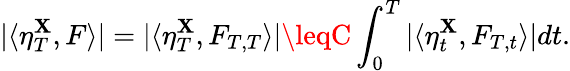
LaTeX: |\langle\eta_{T}^{\mathbf{X}},F\rangle|=|\langle\eta_{T}^{\mathbf{X}},F_{T,T}\rangle|\leqC\int_{0}^{T}|\langle\eta_{t}^{\mathbf{X}},F_{T,t}\rangle|dt.